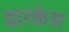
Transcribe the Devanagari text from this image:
द्वारकेस